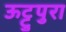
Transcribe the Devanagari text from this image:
ऊट्टुपुरा